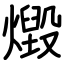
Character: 燬